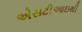
એસટીઆઇથી